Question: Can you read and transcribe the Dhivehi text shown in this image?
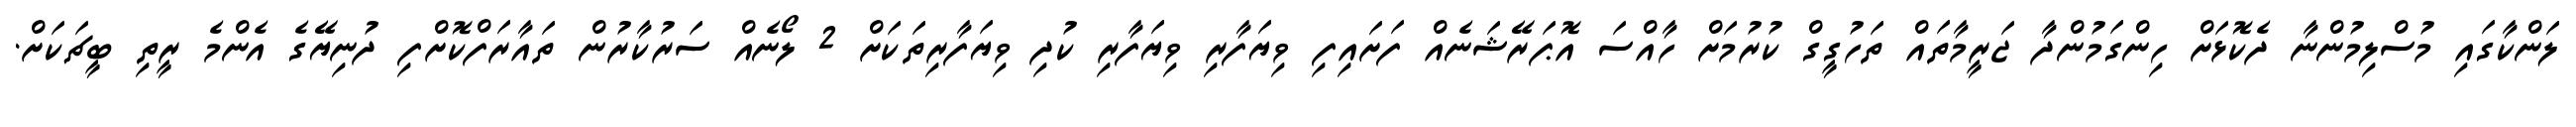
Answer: ލަންކާގައި މުސްލިމުންނާ ދެކޮޅަށް ހިންގަމުންދާ ޖަރީމާތައް ތަހުގީގް ކުރުމަށް ހާއްސަ އޮޕަރޭޝަނެއް ފަށައިފި ވިޔަފާރި ވިޔަފާރި ކުދި ވިޔަފާރިތަކަށް 2 ލޯނެއް ސަރުކާރުން ތައާރަފްކޮށްފި ދުނިޔޭގެ އެންމެ ރީތި ބީޗަކަށް.